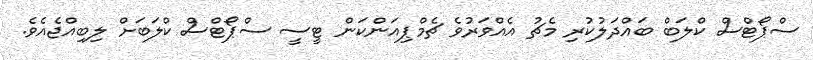
ސްޕޯޓްސް ކްލަބް ބައްދަލުކުރި މެޗު އެއްވަރުވެ ޗެމްޕިއަންކަން ޓީސީ ސްޕޯޓްސް ކްލަބަށް ލިބިއްޖެއެވެ.